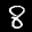
Label: 8